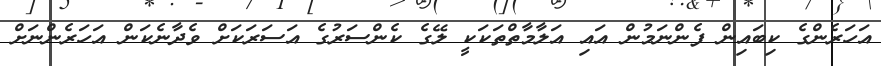
އަހަރެންގެ ކިބައިން ފެންނަމުން އައި އަލާމާތްތަކަކީ ލޭގެ ކެންސަރުގެ އަސަރަކަށް ވެދާނެކަން އަހަރެންނަށް